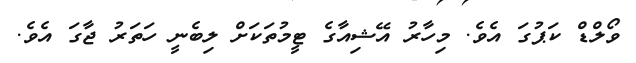
ވޯލްޑް ކަޕުގަ އެވެ. މިހާރު އޭޝިއާގެ ޓީމުތަކަށް ލިބެނީ ހަތަރު ޖާގަ އެވެ.